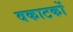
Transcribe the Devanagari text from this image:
वकाटकों